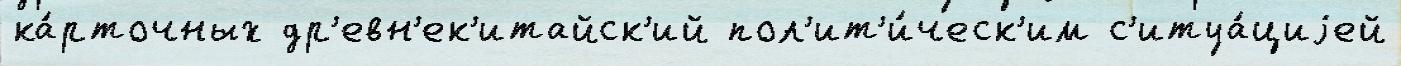
ка́рточных др'евн'ек'итайск'ий пол'ит'и́ческ'им с'итуа́циjей